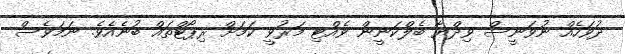
ދުވަހެއް ނުވަނީސް ވިދްޔާ ބެލްކަނީން ވެއްޓި މަރުވީ ކަމަށް ރިޕޯޓްތައް ބުނެއެވެ. ނަމަވެސް